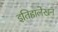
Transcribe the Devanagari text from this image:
इतिहालेखन